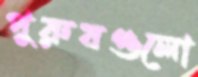
পুরুষগুলো